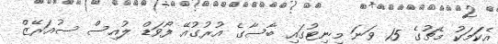
އެކަަމަކު މެޗުގެ 15 ވަނަ މިނިޓުގައި ބާސާގެ އުރުގުއޭ ފޯވަޑް ލުއިސް ސުއަރޭޒް